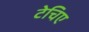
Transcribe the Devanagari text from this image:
टेचिए